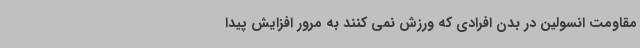
مقاومت انسولین در بدن افرادی که ورزش نمی کنند به مرور افزایش پیدا